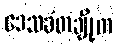
ဒေသခံတချို့က